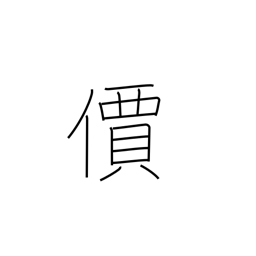
Meaning: value